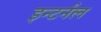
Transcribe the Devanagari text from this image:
इन्टर्नल